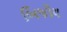
બિજોય